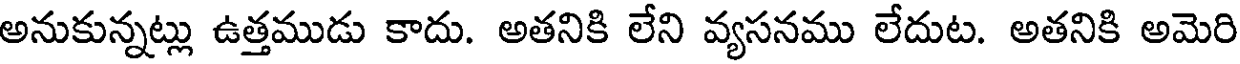
అనుకున్నట్లు ఉత్తముడు కాదు. అతనికి లేని వ్యసనము లేదుట. అతనికి అమెరి